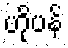
ဟိုပန်